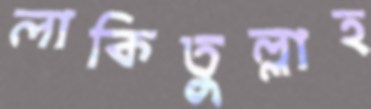
লাকিতুল্লাহ